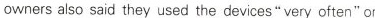
owners also said they used the devices"very often" or